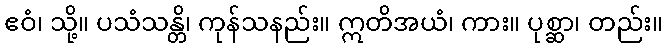
ဧဝံ၊ သို့။ ပသံသန္တိ၊ ကုန်သနည်း။ ဣတိအယံ၊ ကား။ ပုစ္ဆာ၊ တည်း။